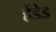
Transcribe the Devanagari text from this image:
हेंडेड